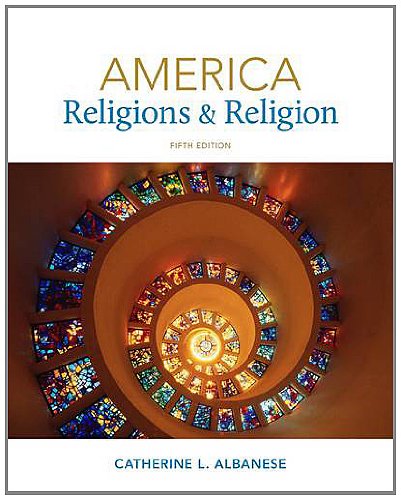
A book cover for America: Religions and Religion, 5th Edition; Catherine L. Albanese; Religion & Spirituality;